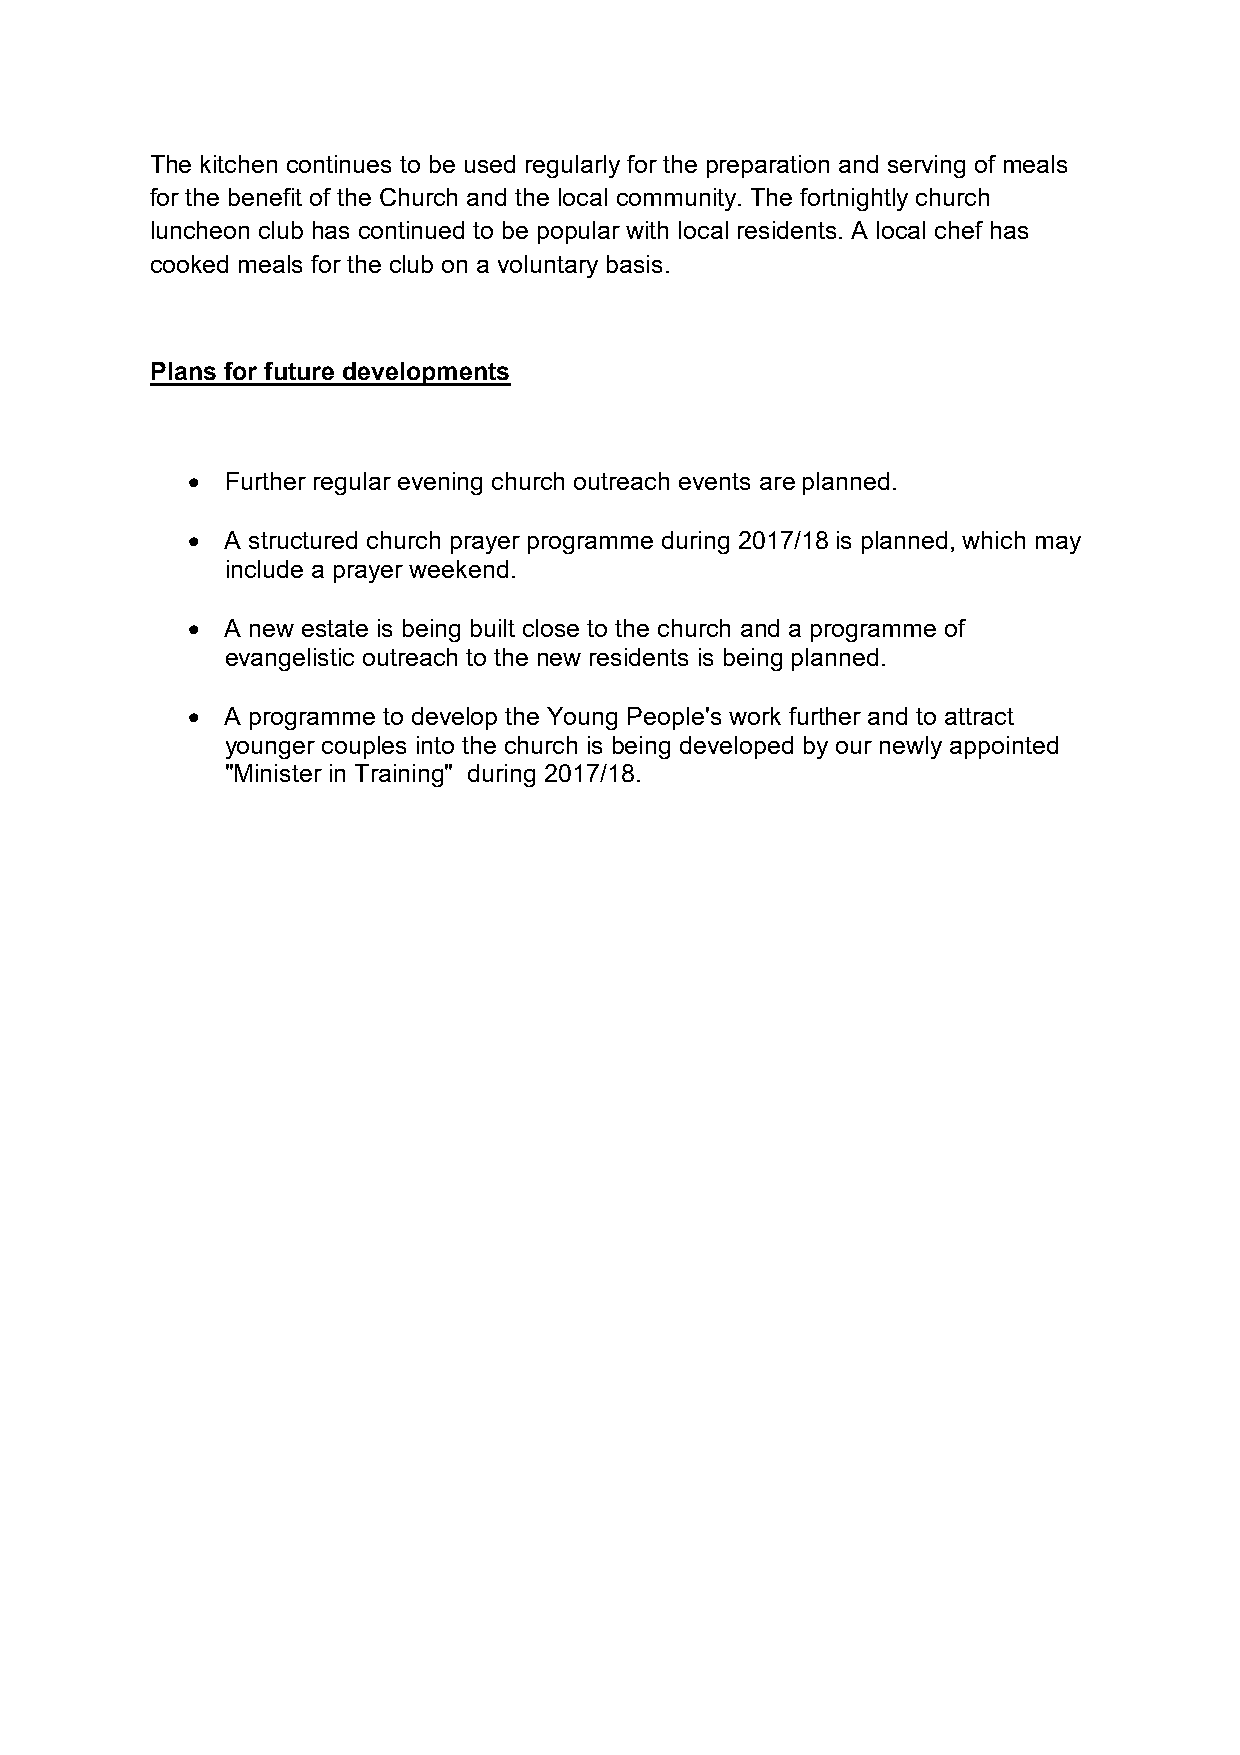
The kitchen continues to be used regularly for the preparation and serving of meals
 for the benefit of the Church and the local community. The fortnightly church
 luncheon club has continued to be popular with local residents. A local chef has
 cooked meals for the club on a voluntary basis.
 Plans for future developments
   Further regular evening church outreach events are planned.
   A structured church prayer programme during 2017/18 is planned, which may
 include a prayer weekend.
   A new estate is being built close to the church and a programme of
 evangelistic outreach to the new residents is being planned.
   A programme to develop the Young People's work further and to attract
 younger couples into the church is being developed by our newly appointed
 "Minister in Training" during 2017/18.